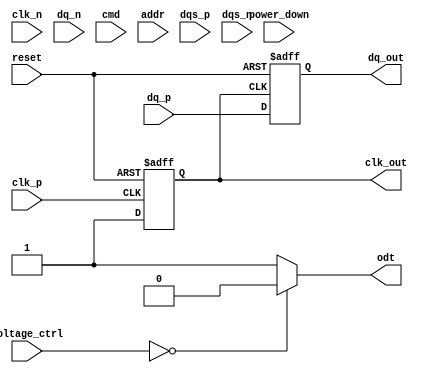
module lpddr5_io_block (
    input wire clk_p,         // Differential clock positive
    input wire clk_n,         // Differential clock negative
    input wire [15:0] dq_p,   // Differential data signals positive
    input wire [15:0] dq_n,   // Differential data signals negative
    input wire [2:0] cmd,     // Command input
    input wire [11:0] addr,    // Address input
    input wire dqs_p,         // Data Strobe positive
    input wire dqs_n,         // Data Strobe negative
    output wire [15:0] dq_out, // Data output
    output wire odt,          // On-Die Termination control
    output wire clk_out,      // Clock output
    input wire reset,         // Reset signal
    input wire power_down,    // Power down control
    input wire [1:0] voltage_ctrl // Voltage control signals
);

// Parameters
parameter DATA_RATE = 6400; // MT/s
parameter IOVOLT_MIN = 1.1;  // Minimum I/O Voltage
parameter IOVOLT_MAX = 1.2;  // Maximum I/O Voltage

// Internal signals
reg [15:0] data_reg;           // Register for data storage
reg clk_sync;                  // Synchronized clock signal
reg [1:0] power_mode;          // Power mode state
reg odt_enable;                // ODT enable signal

// Clock Management
always @(posedge clk_p or negedge reset) begin
    if (!reset) begin
        clk_sync <= 0;
    end else begin
        clk_sync <= 1; // Simple clock synchronization logic
    end
end

// Data Capture on Rising and Falling Edges
always @(posedge clk_sync or negedge reset) begin
    if (!reset) begin
        data_reg <= 16'b0; // Reset data register
    end else begin
        data_reg <= {dq_p[15:0]}; // Capture positive data signals
    end
end

// Output Data Assignment
assign dq_out = data_reg;

// On-Die Termination Control
always @(voltage_ctrl) begin
    if (voltage_ctrl == 2'b00) begin
        odt_enable = 0; // Disable ODT
    end else begin
        odt_enable = 1; // Enable ODT
    end
end

assign odt = odt_enable;

// Power Management
always @(power_down or reset) begin
    if (reset) begin
        power_mode <= 2'b00; // Normal operation
    end else if (power_down) begin
        power_mode <= 2'b01; // Low power state
    end else begin
        power_mode <= 2'b00; // Normal operation
    end
end

// Clock Output Generation
assign clk_out = clk_sync;

// Additional functionality can be added as needed

endmodule